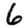
Digit: 6